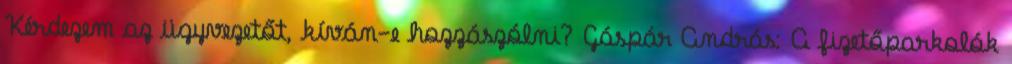
Kérdezem az ügyvezetőt, kíván-e hozzászólni? Gáspár András: A fizetőparkolók